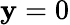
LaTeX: \mathbf{y}=0